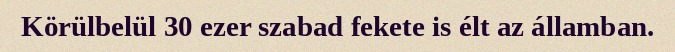
Körülbelül 30 ezer szabad fekete is élt az államban.